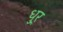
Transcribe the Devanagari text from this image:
धुर्